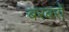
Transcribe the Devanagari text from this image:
बरबरों